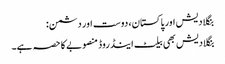
بنگلادیش اور پاکستان، دوست اور دشمن:
بنگلادیش بھی بیلٹ اینڈ روڈ منصوبے کا حصہ ہے۔